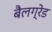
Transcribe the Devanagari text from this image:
बैलग्रेड